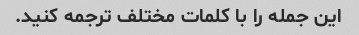
این جمله را با کلمات مختلف ترجمه کنید.